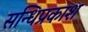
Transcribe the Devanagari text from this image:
सन्धिप्रकाश